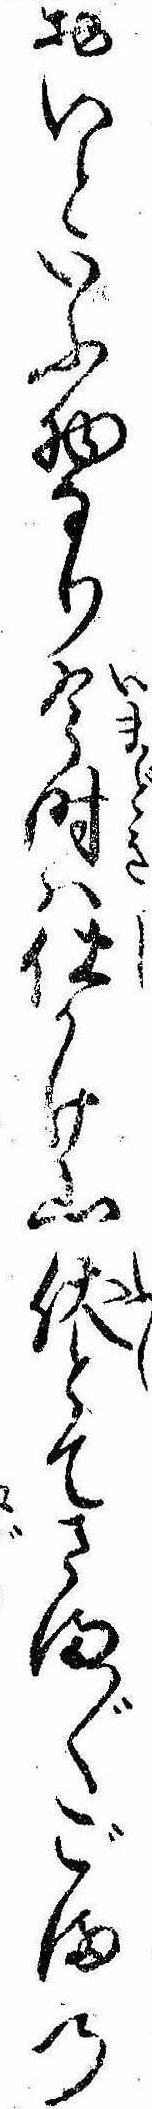
おいといふ物なり今時は仕かけ山伏とてさま〲ごまの